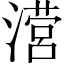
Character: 𰝅